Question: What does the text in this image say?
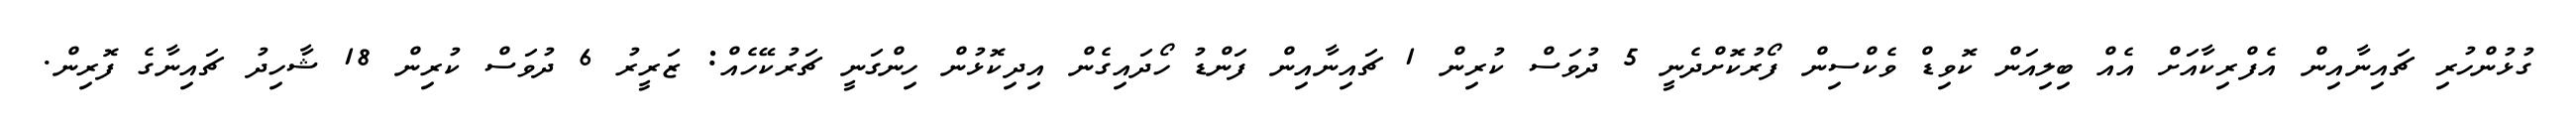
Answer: ގުޅުންހުރި ޗައިނާއިން އެފްރިކާއަށް އެއް ބިލިއަން ކޮވިޑް ވެކްސިން ފޯރުކޮށްދެނީ 5 ދުވަސް ކުރިން 1 ޗައިނާއިން ފަންޑު ހޯދައިގެން އިދިކޮޅުން ހިންގަނީ ޗަރުކޭހެއް: ޒަރީރު 6 ދުވަސް ކުރިން 18 ޝާހިދު ޗައިނާގެ ފޮރިން.